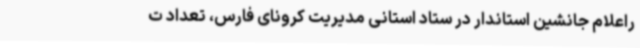
راعلام جانشین استاندار در ستاد استانی مدیریت کرونای فارس، تعداد ت